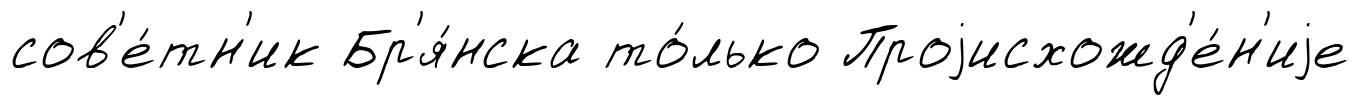
сов'е́тн'ик Бр'я́нска то́лько Проjисхожд'е́н'иjе